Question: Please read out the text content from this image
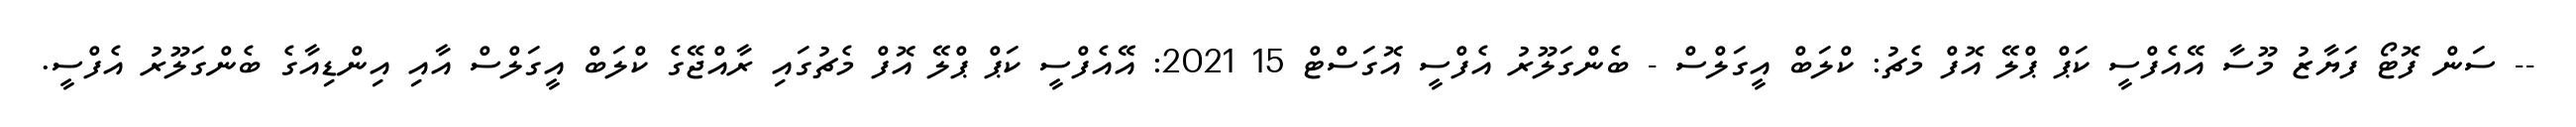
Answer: -- ސަން ފޮޓޯ ފަޔާޒު މޫސާ އޭއެފްސީ ކަޕް ޕްލޭ އޮފް މެޗު: ކްލަބް އީގަލްސް - ބެންގަލޫރު އެފްސީ އޮގަސްޓް 15 2021: އޭއެފްސީ ކަޕް ޕްލޭ އޮފް މެޗުގައި ރާއްޖޭގެ ކްލަބް އީގަލްސް އާއި އިންޑިއާގެ ބެންގަލޫރު އެފްސީ.